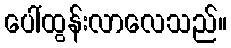
ပေါ်ထွန်းလာလေသည်။